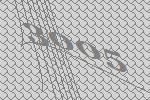
3005